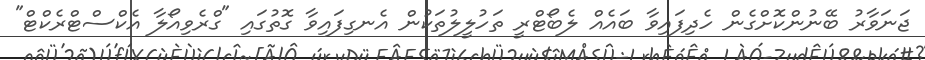
ޖަނަވާރު ބޭނުންކޮށްގެން ހެދިފައިވާ ބައެއް ލެބޯޓްރީ ތަހުލީލުތަކުން އެނގިފައިވާ ގޮތުގައި "ގްރެވިއޯލާ އެކްސްޓްރެކްޓް"